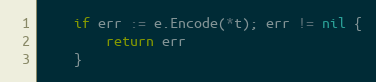
Language: Go
	if err := e.Encode(*t); err != nil {
		return err
	}